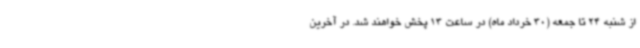
از شنبه 24 تا جمعه (30 خرداد ماه) در ساعت 13 پخش خواهند شد. در آخرین